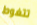
تتغوط